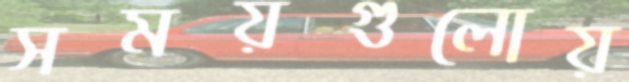
সময়গুলোয়